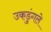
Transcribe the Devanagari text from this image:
उकडुंगले